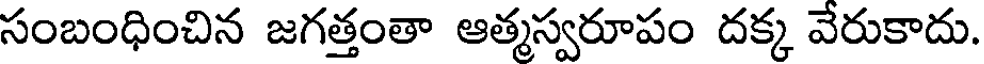
సంబంధించిన జగత్తంతా ఆత్మస్వరూపం దక్క వేరుకాదు.